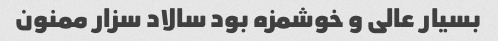
بسیار عالی و خوشمزه بود سالاد سزار ممنون